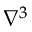
\nabla ^ { 3 }